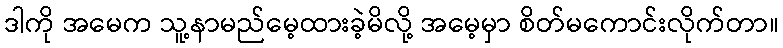
ဒါကို အမေက သူ့နာမည်မေ့ထားခဲ့မိလို့ အမေ့မှာ စိတ်မကောင်းလိုက်တာ။